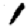
Digit: 1